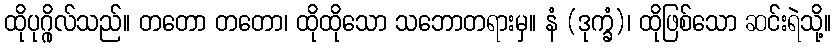
ထိုပုဂ္ဂိုလ်သည်။ တတော တတော၊ ထိုထိုသော သဘောတရားမှ။ နံ (ဒုက္ခံ)၊ ထိုဖြစ်သော ဆင်းရဲသို့။